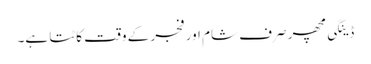
ڈینگی مچھر صرف شام اور فجر کے وقت کاٹتا ہے۔